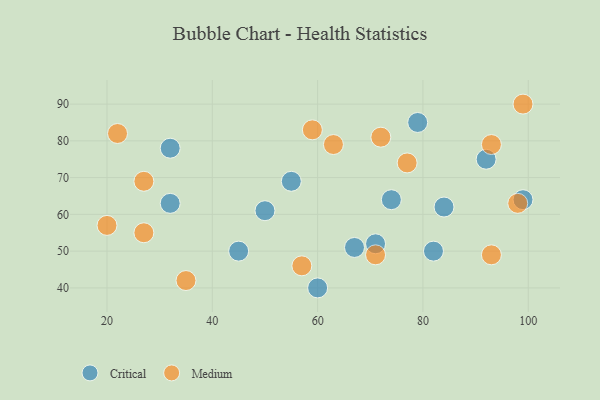
{"axis": {"x": "GDP", "y": "Life Expectancy"}, "legend": ["Critical", "Medium"], "data": [{"x": "32", "y": 78, "type": "Critical"}, {"x": "55", "y": 69, "type": "Critical"}, {"x": "71", "y": 52, "type": "Critical"}, {"x": "92", "y": 75, "type": "Critical"}, {"x": "79", "y": 85, "type": "Critical"}, {"x": "84", "y": 62, "type": "Critical"}, {"x": "32", "y": 63, "type": "Critical"}, {"x": "50", "y": 61, "type": "Critical"}, {"x": "74", "y": 64, "type": "Critical"}, {"x": "67", "y": 51, "type": "Critical"}, {"x": "82", "y": 50, "type": "Critical"}, {"x": "60", "y": 40, "type": "Critical"}, {"x": "99", "y": 64, "type": "Critical"}, {"x": "45", "y": 50, "type": "Critical"}, {"x": "27", "y": 69, "type": "Medium"}, {"x": "93", "y": 79, "type": "Medium"}, {"x": "71", "y": 49, "type": "Medium"}, {"x": "98", "y": 63, "type": "Medium"}, {"x": "59", "y": 83, "type": "Medium"}, {"x": "35", "y": 42, "type": "Medium"}, {"x": "99", "y": 90, "type": "Medium"}, {"x": "77", "y": 74, "type": "Medium"}, {"x": "63", "y": 79, "type": "Medium"}, {"x": "72", "y": 81, "type": "Medium"}, {"x": "27", "y": 55, "type": "Medium"}, {"x": "93", "y": 49, "type": "Medium"}, {"x": "22", "y": 82, "type": "Medium"}, {"x": "57", "y": 46, "type": "Medium"}, {"x": "20", "y": 57, "type": "Medium"}]}